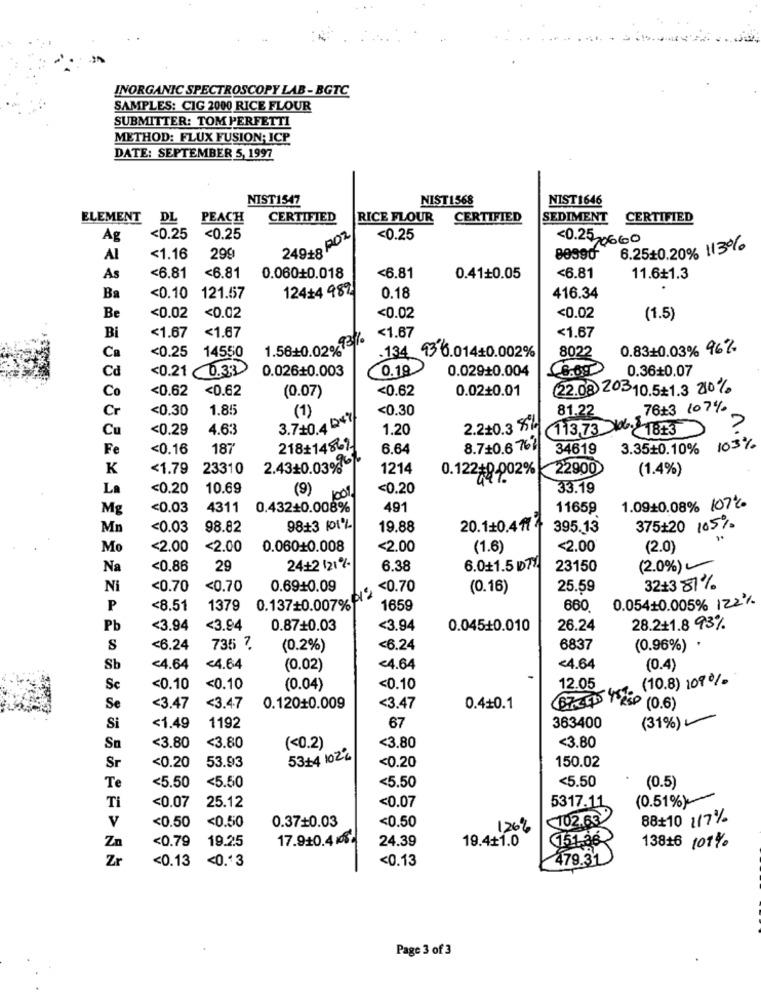
INORGANIC SPECTROSCOPY LAB-BGTC
SAMPLES: CIG 2000 RICE FLOUR
SUBMITTER: TOM PERFETTI
METHOD: FLUX FUSION; ICP
DATE: SEPTEMBER 5, 1997
NIST1547
NIST1568
NIST1646
ELEMENT DL
PEACH
CERTIFIED
RICE FLOUR
CERTIFIED
SEDIMENT
CERTIFIED
Ag
<0.25
<0.25
249+8 POZ
<0.25
<0.25,0660
6.25+0.20% 113%
Al
<1.16
299
80990
0.060+0.018
As
<6.81
<6.81
<6.81
0.41+0.05
<6.81
11.6+1.3
124+4 989
Ba
<0.10
121.57
0.18
416.34
Be
<0.02
<0.02
<0.02
<0.02
(1.5)
<1.67
<1.67
Bi
<1.67
. 931
<1.67
14550
1.56+0.02%
8022
0.83+0.03% 96%
Ca
<0.25
.134 93 6.014+0.002%
Cd
<0.21 (0.33
0.026+0.003
0.19
0.02910.004
6.69
0.36+0.07
Co
<0.62
<0.62
(0.07)
<0.62
0.02+0.01
(22.08 20310.5+1.3 210%
Cr
<0.30
1.85
<0.30
81.22
76+3 1074.
3.7+0.4 247
(1)
Cu
<0.29
4.63
1.20
2.2+0.3 4%
113,73 18+3
Fe
<0.16
187
218+14861.
6.64
8.7+0.6 76?
34619
3.35+0.10% 103%
2.43+0.030061.
K
<1.79
23310
1214
22900
(1.4%)
0.122#9-002%
La
<0.20
10.69
(9)
100%
<0.20
33.19
M
<0.03
4311
0.432+0.008%
491
11659
1.09+0.08% 107%
M
<0.03
98.82
98+3 101%
19.88
20.1+0.4ft
395.13
375+20 105%
M
<2.00
<2.00
0.060+0.008
<2.00
(1.6)
<2.00
(2.0)
Na
<0.86
29
24+2 121%*
6.38
6.011.5 Ø7
23150
(2.0%)
Ni
<0.70
<0.70
0.6940.09
<0.70
(0.16)
25.59
32+3 81%
P
<8.51
1379
0.137+0.007%
1659
660
0.054+0.005% 122%
Pb
<3.94
<3.94
0.87+0.03
<3.94
0.045+0.010
26.24
28.2+1.8 93%
S
<6.24
735 7.
(0.2%)
<6.24
6837
(0.96%) *
Sb
<4.64
<4.64
(0.02)
<4.64
<4.64
(0.4)
(10.8) 109%
Sc
<0.10
<0.10
(0.04)
<0.10
12.05
Se
<3.47
<3.4.7
0.12010.009
<3.47
0.4+0.1
(0.6)
Si
<1.49
1192
67
363400
(31%)
<3.80
<3.80
<3,80
Sn
(<0.2)
<3.80
<0.20
53.93
53+4 1024
Sr
<0.20
150.02
Te
<5.50
<5.50
<5,50
(0.5)
<5.50
Ti
25.12
(0.51%)
<0.07
<0.07
5317.11
<0.50
<0.50
0.37+0.03
<0.50
102.63
88+10 117%
V
126%
Zn
<0.79
19.25
17.910.452
24.39
19.4+1.0
151.36
13816 101%
Zr
<0.13
<0.3
<0.13
479.31
Page 3 of3